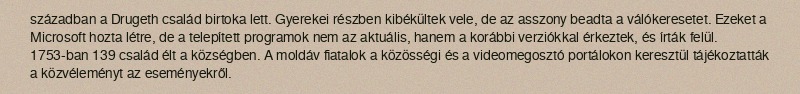
században a Drugeth család birtoka lett. Gyerekei részben kibékültek vele, de az asszony beadta a válókeresetet. Ezeket a Microsoft hozta létre, de a telepített programok nem az aktuális, hanem a korábbi verziókkal érkeztek, és írták felül. 1753-ban 139 család élt a községben. A moldáv fiatalok a közösségi és a videomegosztó portálokon keresztül tájékoztatták a közvéleményt az eseményekről.